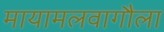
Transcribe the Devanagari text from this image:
मायामलवागौला